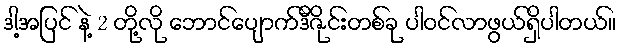
ဒါ့အပြင် နဲ့ 2 တို့လို ဘောင်ပျောက်ဒီဇိုင်းတစ်ခု ပါဝင်လာဖွယ်ရှိပါတယ်။